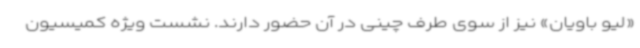
«لیو باویان» نیز از سوی طرف چینی در آن حضور دارند. نشست ویژه کمیسیون